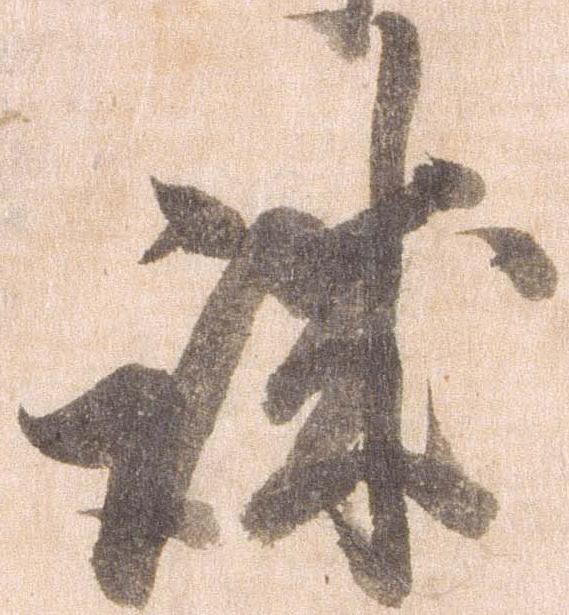
誠